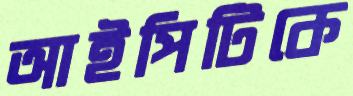
আইপিটিকে